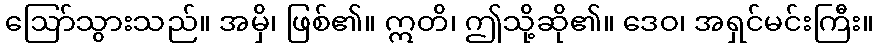
ဩော်သွားသည်။ အမှိ၊ ဖြစ်၏။ ဣတိ၊ ဤသို့ဆို၏။ ဒေဝ၊ အရှင်မင်းကြီး။